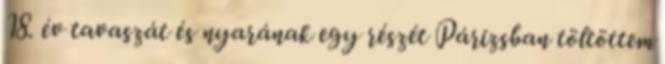
18. év tavaszát és nyarának egy részét Párizsban töltöttem